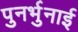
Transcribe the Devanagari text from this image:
पुनर्भुनाई